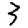
Digit: 3